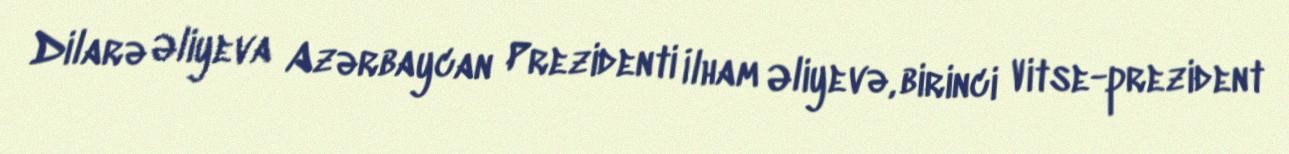
Dilarə Əliyeva Azərbaycan Prezidenti İlham Əliyevə, birinci Vitse-prezident